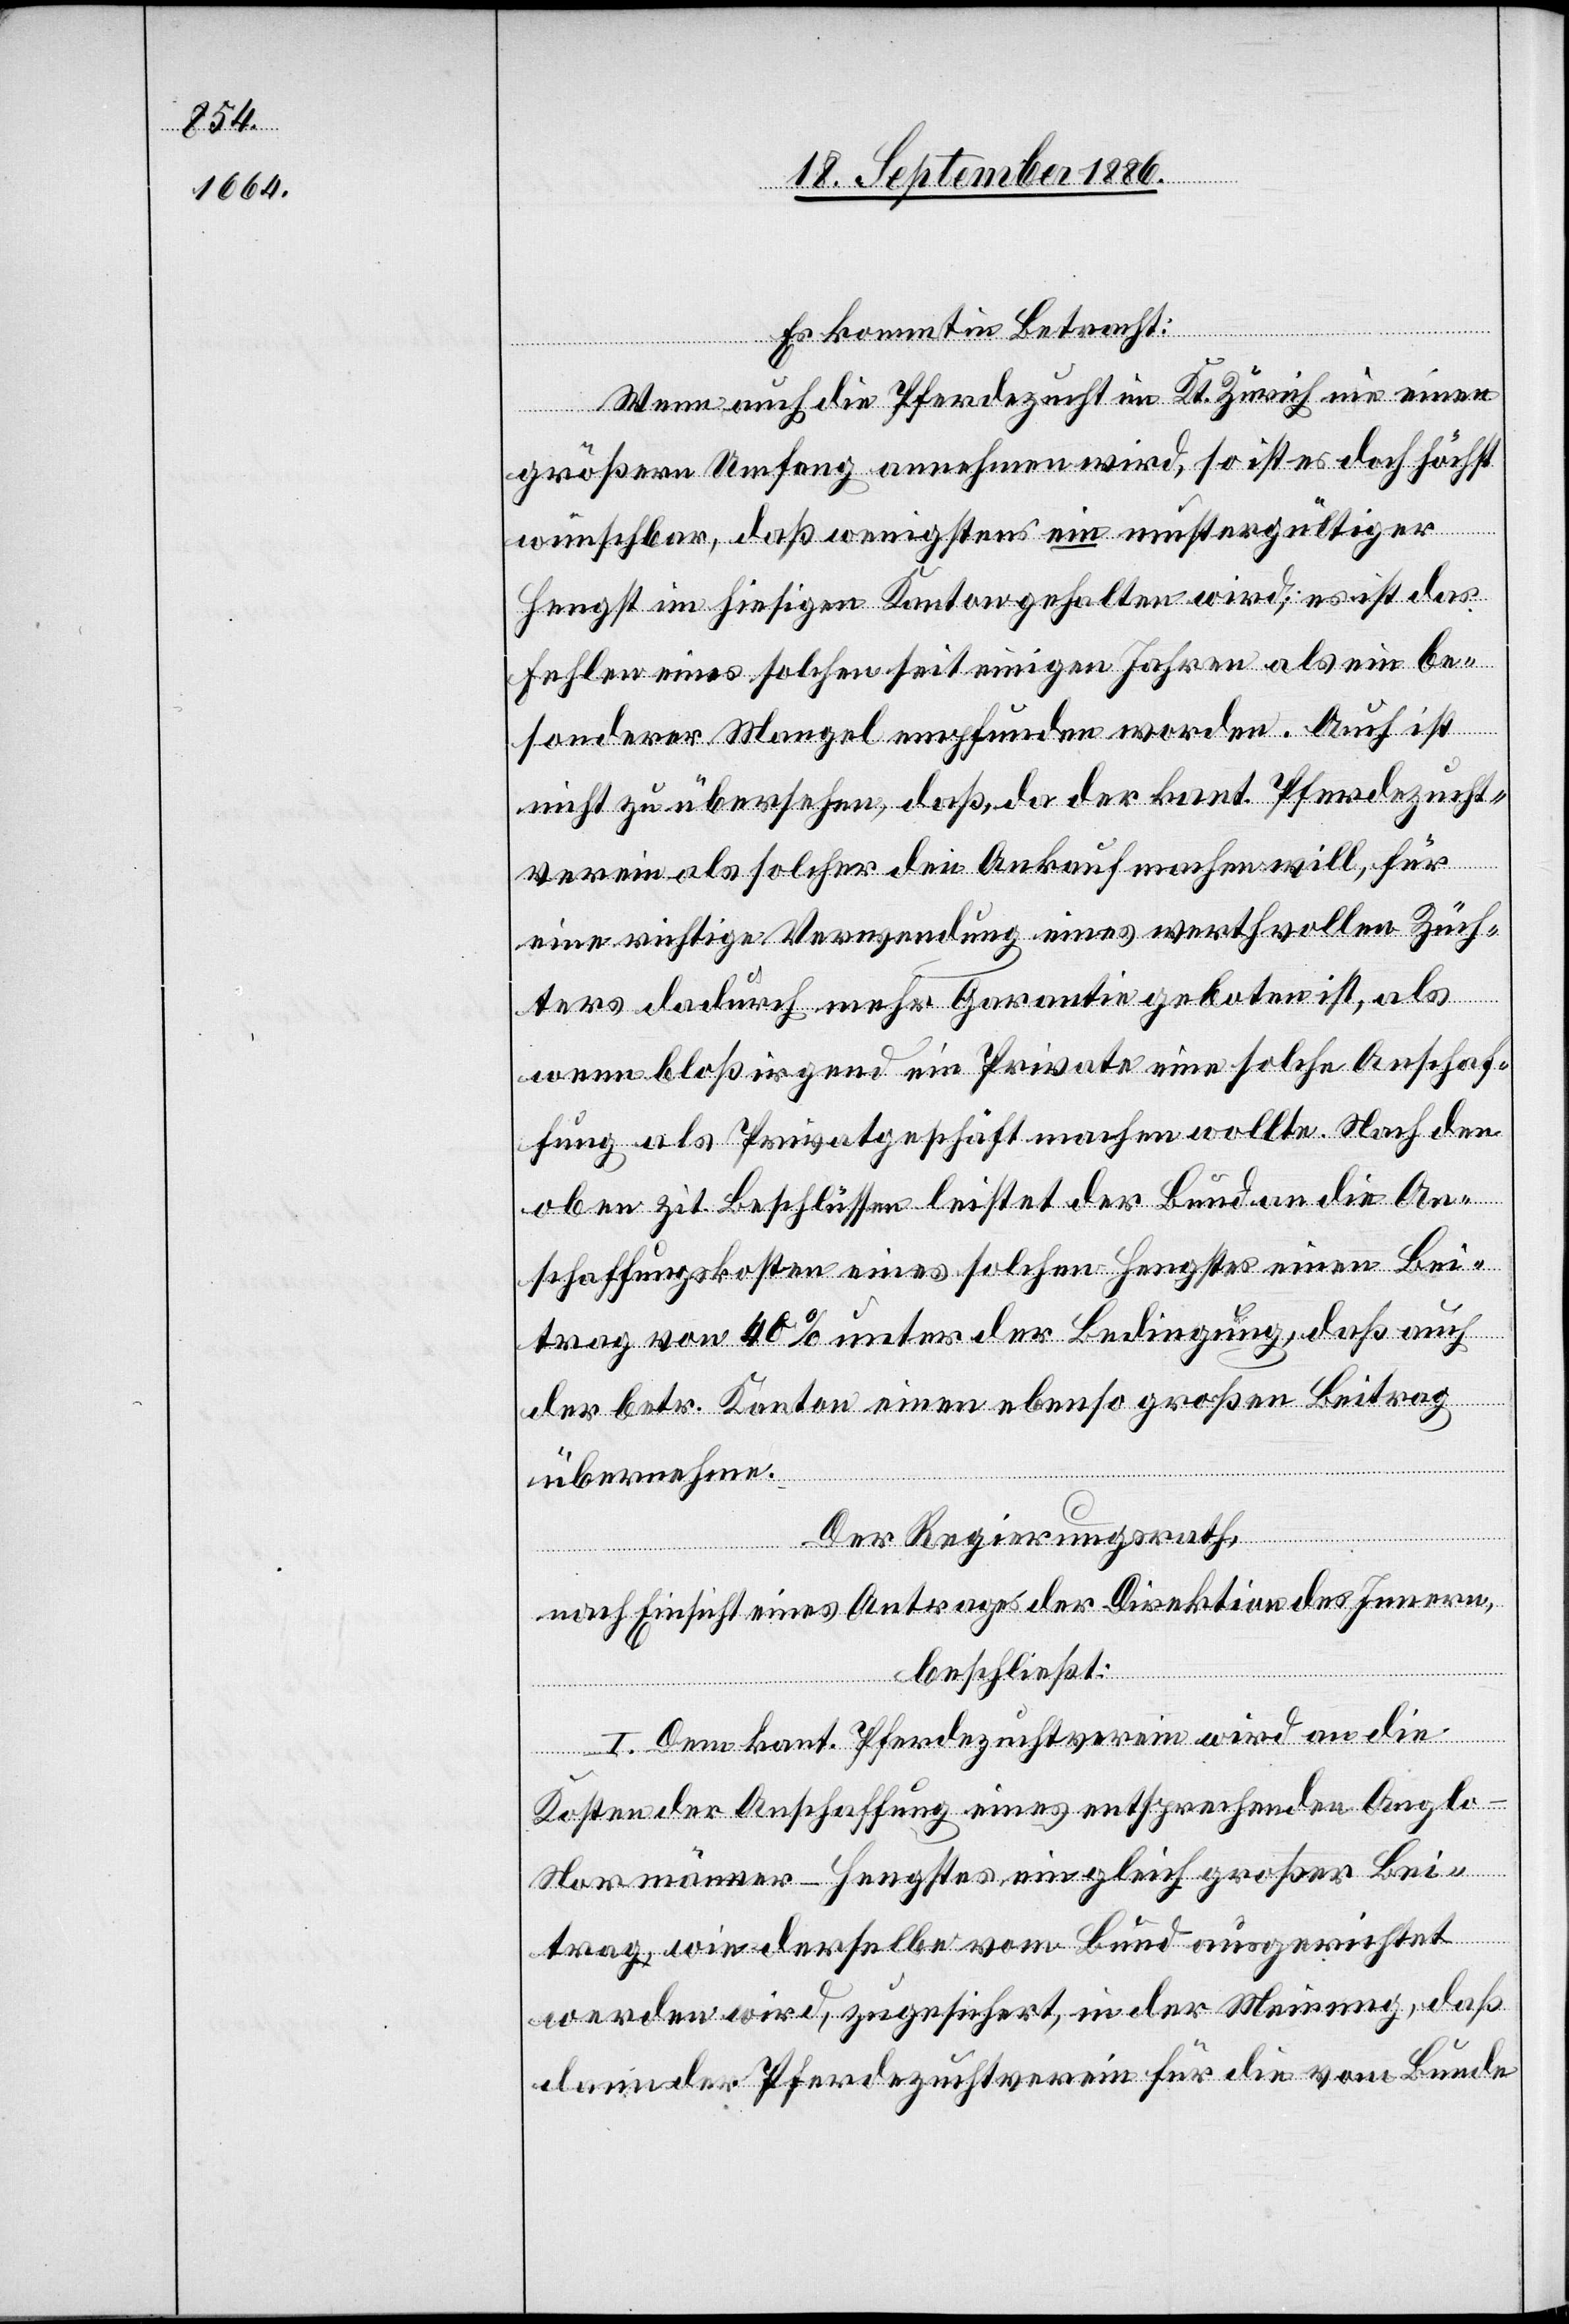
Es kommt in Betracht:
Wenn auch die Pferdezucht im Kt. Zürich nie einen
größern Umfang annehmen wird, so ist es doch höchst
wünschbar, daß wenigstens ein mustergültiger
Hengst im hiesigen Kanton gehalten wird; es ist das
Fehlen eines solchen seit einigen Jahren als ein be¬
sonderer Mangel empfunden worden. Auch ist
nicht zu übersehen, daß, da der kant. Pferdezucht¬
verein als solcher den Ankauf machen will, für
eine richtige Verwendung eines werthvollen Züch¬
[sic!] dadurch mehr Garantie geboten ist, als
wenn bloß irgend ein Private[r] eine solche Anschaf¬
fung als Privatgeschäft machen wollte. Nach den
oben zit. Beschlüssen leistet der Bund an die An¬
schaffungskosten eines solchen Hengstes einen Bei¬
trag von 40% unter der Bedingung, daß auch
der betr. Kanton einen ebenso großen Beitrag
ters
übernehme.
Der Regierungsrath,
nach Einsicht eines Antrages der Direktion des Innern,
beschließt:
I. Dem kant. Pferdezuchtverein wird an die
Kosten der Anschaffung eines entsprechenden Anglo-N¬
ormänner-Hengstes ein gleich großer Bei¬
trag, wie derselbe vom Bund ausgerichtet
werden wird, zugesichert, in der Meinung, daß
dann der Pferdezuchtverein für die vom Bunde